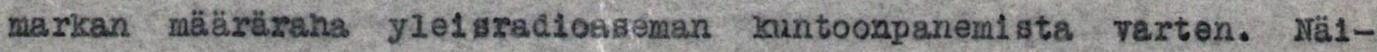
markan määräraha yleisradioaseman kuntoonpanemista varten. Näi-